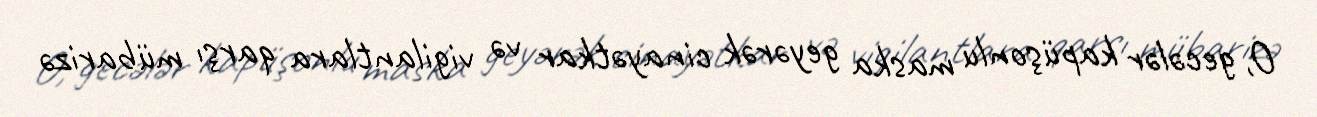
O, gecələr kapüşonlu maska geyərək cinayətkar və vigilantlara qarşı mübarizə